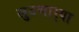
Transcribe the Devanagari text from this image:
लुटणार्‍या